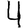
Digit: 4